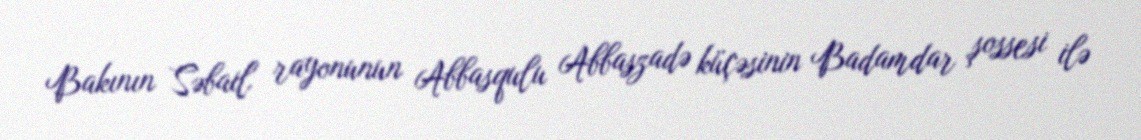
Bakının Səbail rayonunun Abbasqulu Abbaszadə küçəsinin Badamdar şossesi ilə